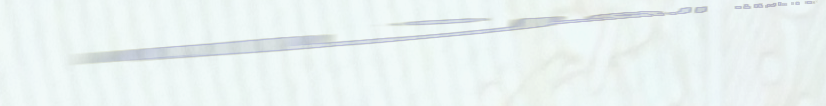
أفضل عروض على منتجات العن